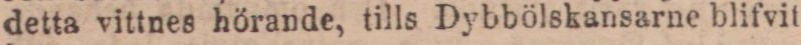
detta vittnes hörande, tills Dybbölskansarne blifvit